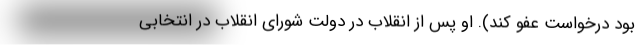
بود درخواست عفو کند). او پس از انقلاب در دولت شورای انقلاب در انتخابی